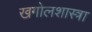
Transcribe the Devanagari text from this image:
खगोलशास्त्रा